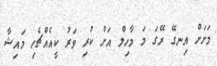
މަށަށް އިނގޭ ރޭގަ މަ މާހިލް އަށް ކުރި ވަރު ކީއެއްޗެހި މައިޝާ